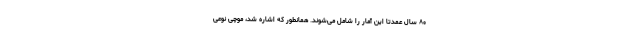
۸۰ سال عمدتا این آمار را شامل می‌شوند. همانطور که اشاره شد، موچی نوعی